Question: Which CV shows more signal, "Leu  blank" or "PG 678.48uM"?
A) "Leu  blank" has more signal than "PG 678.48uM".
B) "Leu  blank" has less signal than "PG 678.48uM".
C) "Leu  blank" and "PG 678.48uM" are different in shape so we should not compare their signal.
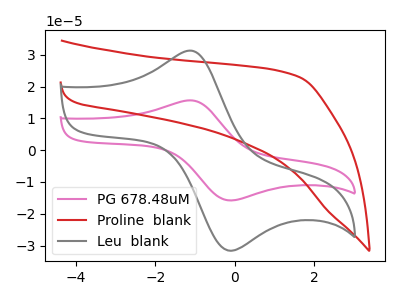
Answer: <think>The pink curve "PG 678.48uM" has an anodic peak at (-1.05V, 15.60uA) and a cathodic peak at (-0.10V, -15.80uA). The red curve "Proline  blank" has no peaks. The gray curve "Leu  blank" has an anodic peak at (-1.05V, 31.20uA) and a cathodic peak at (-0.10V, -31.65uA).
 All the peaks in "Leu  blank" have a peak in "PG 678.48uM" at the same potential. Every peak in "Leu  blank" is higher than every peak in "PG 678.48uM".</think>
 <answer>A) "Leu  blank" has more signal than "PG 678.48uM".</answer>
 <eval>A</eval>